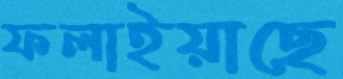
ফলাইয়াছে